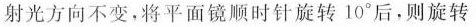
射光方向不变，将平面镜顺时针旋转10°后，则旋转